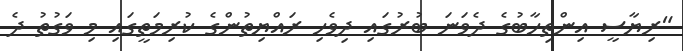
"ރިޔާސީ އިންތިހާބުގެ ދެވަނަ ބުރުގައި ދިވެހި ރައްޔިތުންގެ ކުރިމަތީގައި މި ވަގުތު ދެ